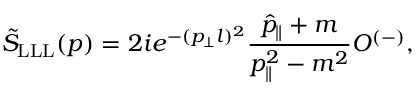
\tilde { S } _ { \mathrm { L L L } } ( p ) = 2 i e ^ { - ( p _ { \perp } l ) ^ { 2 } } \frac { \hat { p } _ { \parallel } + m } { p _ { \parallel } ^ { 2 } - m ^ { 2 } } O ^ { ( - ) } ,